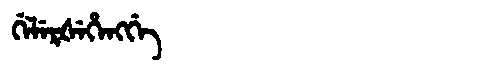
Manchu: ᡤᡝᠯᡝᡵᡧᡝᡥᡝᠩᡤᡝ
Romanization: GELERŠEHENGGE